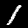
Label: 1